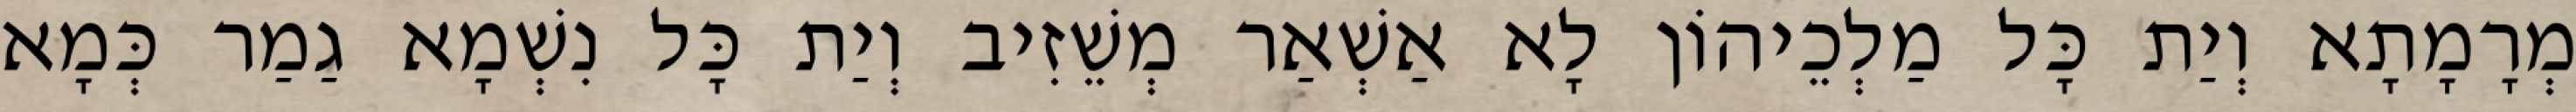
מְרָמָתָא וְיַת כָּל מַלְכֵיהוֹן לָא אַשְׁאַר מְשֵׁזִיב וְיַת כָּל נִשְׁמָא גַמַר כְּמָא